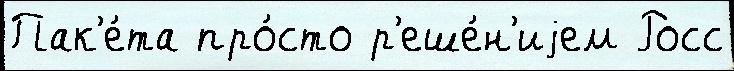
Пак'е́та про́сто р'еше́н'иjем Росс